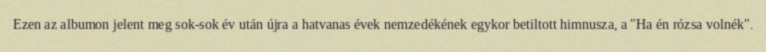
Ezen az albumon jelent meg sok-sok év után újra a hatvanas évek nemzedékének egykor betiltott himnusza, a "Ha én rózsa volnék".